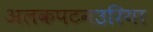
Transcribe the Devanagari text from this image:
अलकपटनउरिया